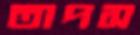
তাপস